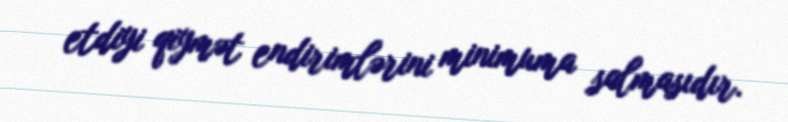
etdiyi qiymət endirimlərini minimuma salmasıdır.